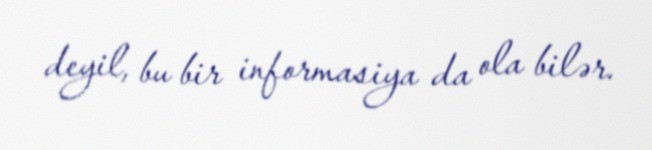
deyil, bu bir informasiya da ola bilər.